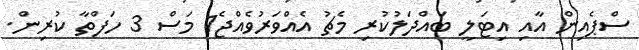
ސްޕެއިން އާއި އިޓަލީ ބައްދަލުކުރި މެޗު އެއްވަރުވެއްޖެ1 މަސް 3 ހަފްތާ ކުރިން.